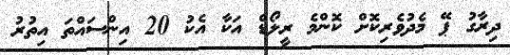
ދިރާގު ޕޭ މެދުވެރިކޮށް ކޮންމެ ރީލޯޑް އަކާ އެކު 20 އިންސައްތަ އިތުރު